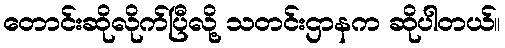
တောင်းဆိုလိုက်ပြီလို့ သတင်းဌာနက ဆိုပါတယ်။